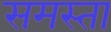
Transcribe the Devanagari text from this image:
समस्ता